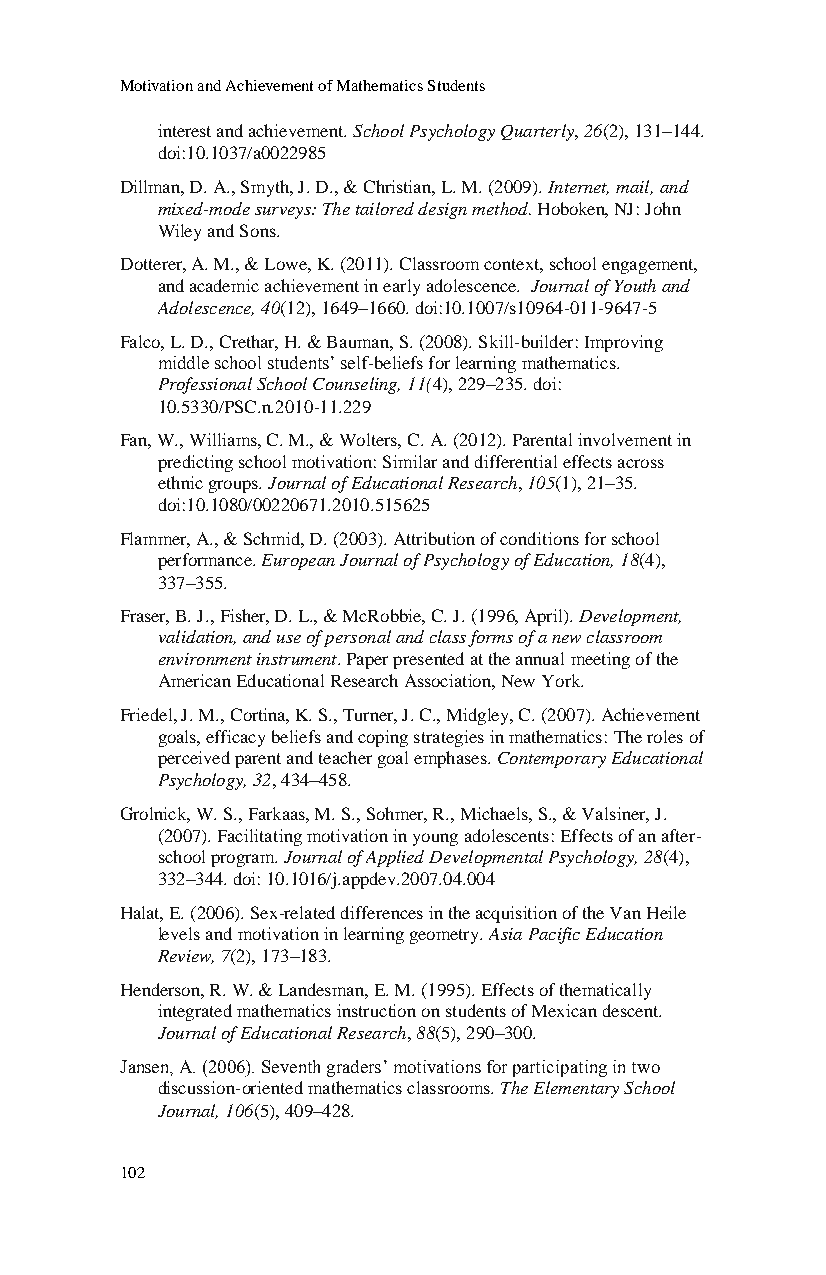
Motivation and Achievement of Mathematics Students
 interest and achievement. School Psychology Quarterly, 26(2), 131–144.
 doi:10.1037/a0022985
 Dillman, D. A., Smyth, J. D., & Christian, L. M. (2009). Internet, mail, and
 mixed-mode surveys: The tailored design method. Hoboken, NJ: John
 Wiley and Sons.
 Dotterer, A. M., & Lowe, K. (2011). Classroom context, school engagement,
 and academic achievement in early adolescence. Journal of Youth and
 Adolescence, 40(12), 1649–1660. doi:10.1007/s10964-011-9647-5
 Falco, L. D., Crethar, H. & Bauman, S. (2008). Skill-builder: Improving
 middle school students’ self-beliefs for learning mathematics.
 Professional School Counseling, 11(4), 229–235. doi:
 10.5330/PSC.n.2010-11.229
 Fan, W., Williams, C. M., & Wolters, C. A. (2012). Parental involvement in
 predicting school motivation: Similar and differential effects across
 ethnic groups. Journal of Educational Research, 105(1), 21–35.
 doi:10.1080/00220671.2010.515625
 Flammer, A., & Schmid, D. (2003). Attribution of conditions for school
 performance. European Journal of Psychology of Education, 18(4),
 337–355.
 Fraser, B. J., Fisher, D. L., & McRobbie, C. J. (1996, April). Development,
 validation, and use of personal and class forms of a new classroom
 environment instrument. Paper presented at the annual meeting of the
 American Educational Research Association, New York.
 Friedel, J. M., Cortina, K. S., Turner, J. C., Midgley, C. (2007). Achievement
 goals, efficacy beliefs and coping strategies in mathematics: The roles of
 perceived parent and teacher goal emphases. Contemporary Educational
 Psychology, 32, 434–458.
 Grolnick, W. S., Farkaas, M. S., Sohmer, R., Michaels, S., & Valsiner, J.
 (2007). Facilitating motivation in young adolescents: Effects of an after-
 school program. Journal of Applied Developmental Psychology, 28(4),
 332–344. doi: 10.1016/j.appdev.2007.04.004
 Halat, E. (2006). Sex-related differences in the acquisition of the Van Heile
 levels and motivation in learning geometry. Asia Pacific Education
 Review, 7(2), 173–183.
 Henderson, R. W. & Landesman, E. M. (1995). Effects of thematically
 integrated mathematics instruction on students of Mexican descent.
 Journal of Educational Research, 88(5), 290–300.
 Jansen, A. (2006). Seventh graders’ motivations for participating in two
 discussion-oriented mathematics classrooms. The Elementary School
 Journal, 106(5), 409–428.
 102